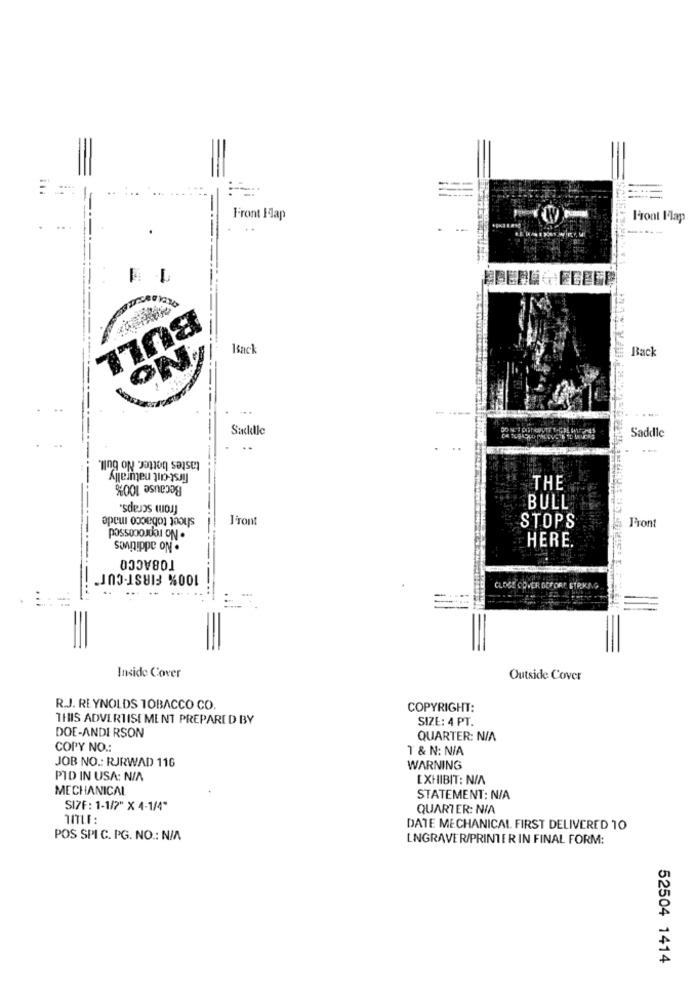
--
Front Hap
Front Flap
BULL
Back
Back
ON
Sincklle
Saddle
tastes better. No bull.
first-cut naturally
Because 100%
THE
from scraps.
sheet tobacco made
BULL
l'ront
. No additives
STOPS
Front
HERE.
TOBACCO
100% FIRST-CUT"
CLOSE COMER DEFORE STRIKING
Inside Cover
Outside Cover
R.J. REYNOLDS TOBACCO CO
COPYRIGHT:
THIS ADVERTISEMENT PREPARED BY
SIZE: 4 PT.
DOE-ANDI RSON
QUARTER: N/A
COPY NO .:
T & N: N/A
JOB NO .: RJRWAD 116
WARNING
PID IN USA: N/A
EXHIBIT: N/A
MECHANICAL
STATEMENT: N/A
SI7F : 1-1/2" X 4-1/4"
QUARTER: NIA
DATE MECHANICAL FIRST DELIVERED 10
POS SPI C. PG. NO .: N/A
LNGRAVER/PRINTER IN FINAL FORM:
52504 1414